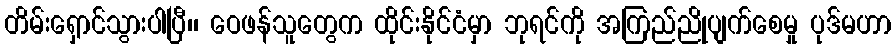
တိမ်းရှောင်သွားပါပြီ၊၊ ဝေဖန်သူတွေက ထိုင်းနိုင်ငံမှာ ဘုရင်ကို အကြည်ညိုပျက်စေမှု ပုဒ်မဟာ